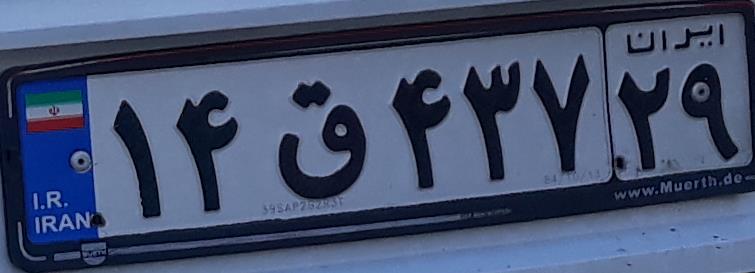
۱۴ق۴۳۷۲۹